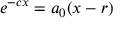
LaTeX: e ^ { - c x } = a _ { 0 } ( x - r )